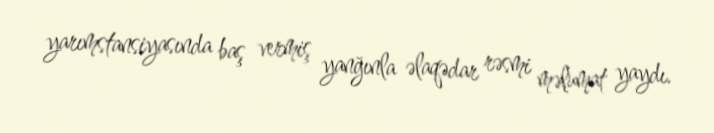
yarımstansiyasında baş vermiş yanğınla əlaqədar rəsmi məlumat yaydı.